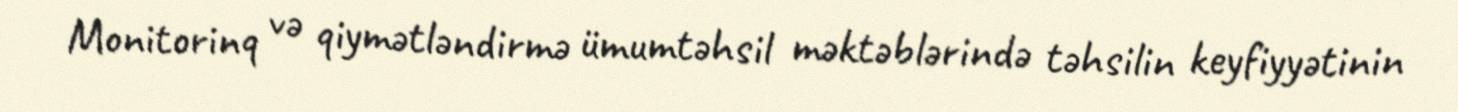
Monitorinq və qiymətləndirmə ümumtəhsil məktəblərində təhsilin keyfiyyətinin